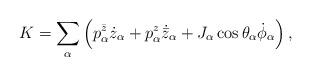
LaTeX: \begin{align*}K = \sum_\alpha\left(p^{\bar z}_\alpha \dot z_{\alpha}+p^{z}_\alpha \dot{{\bar z}}_{\alpha}+J_\alpha \cos \theta_\alpha \dot \phi_\alpha\right),\end{align*}